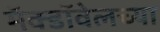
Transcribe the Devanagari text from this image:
मॅक्डॉवेलच्या